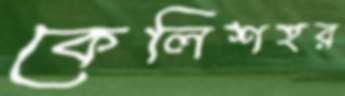
কেলিশহর